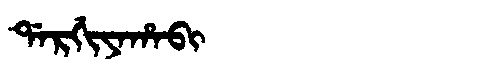
Manchu: ᡩᠠᡵᡤᡳᠶᠠᡥᠠᠪᡳ
Romanization: DARGIYAHABI